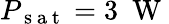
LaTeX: P_{\mathrm{~s~a~t~}}=3~\mathrm{~W~}